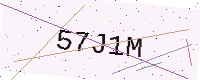
Text: 57J1M